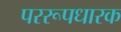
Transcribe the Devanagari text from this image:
पररूपधारक